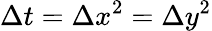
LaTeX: \Delta t=\Delta x^{2}=\Delta y^{2}